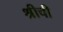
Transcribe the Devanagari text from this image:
श्रीची